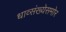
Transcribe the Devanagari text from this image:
धाव्संख्येसमोर